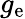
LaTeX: g_{\mathrm{e}}